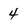
Character: 4